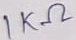
Text: 1KΩ